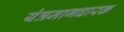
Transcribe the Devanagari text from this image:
यंत्रमागधारक